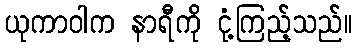
ယုကာဝါက နာရီကို ငုံ့ကြည့်သည်။